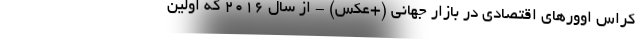
کراس اوورهای اقتصادی در بازار جهانی (+عکس) - از سال 2016 که اولین